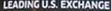
LEADING U.S. EXCHANGE